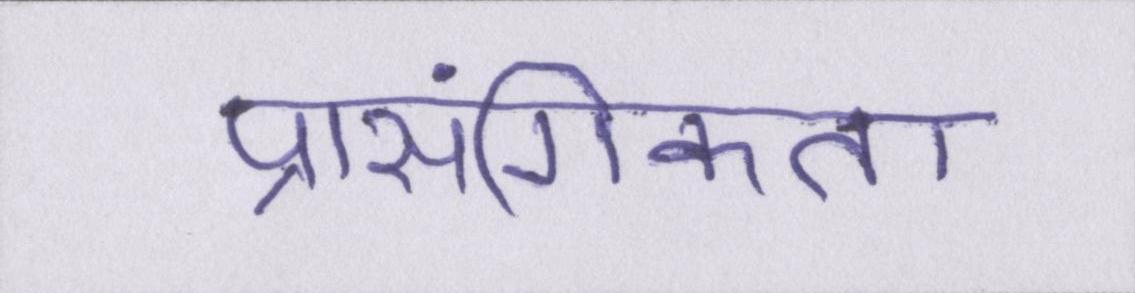
प्रासंगिकता